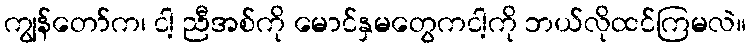
ကျွန်တော်က၊ ငါ့ ညီအစ်ကို မောင်နှမတွေကငါ့ကို ဘယ်လိုထင်ကြမလဲ။